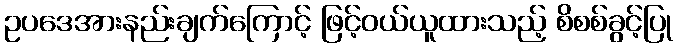
ဥပဒေအားနည်းချက်ကြောင့် ဖြင့်ဝယ်ယူထားသည့် စိစစ်ခွင့်ပြု